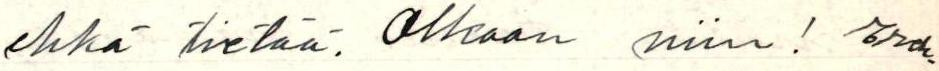
ehkä tietää. Olkoon niin! Ereh-